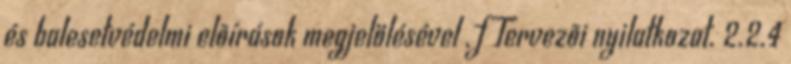
és balesetvédelmi elõírások megjelölésével , f Tervezõi nyilatkozat. 2.2.4